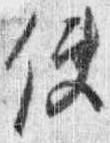
使